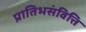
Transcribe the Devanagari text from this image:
प्रातिभसंवित्ति